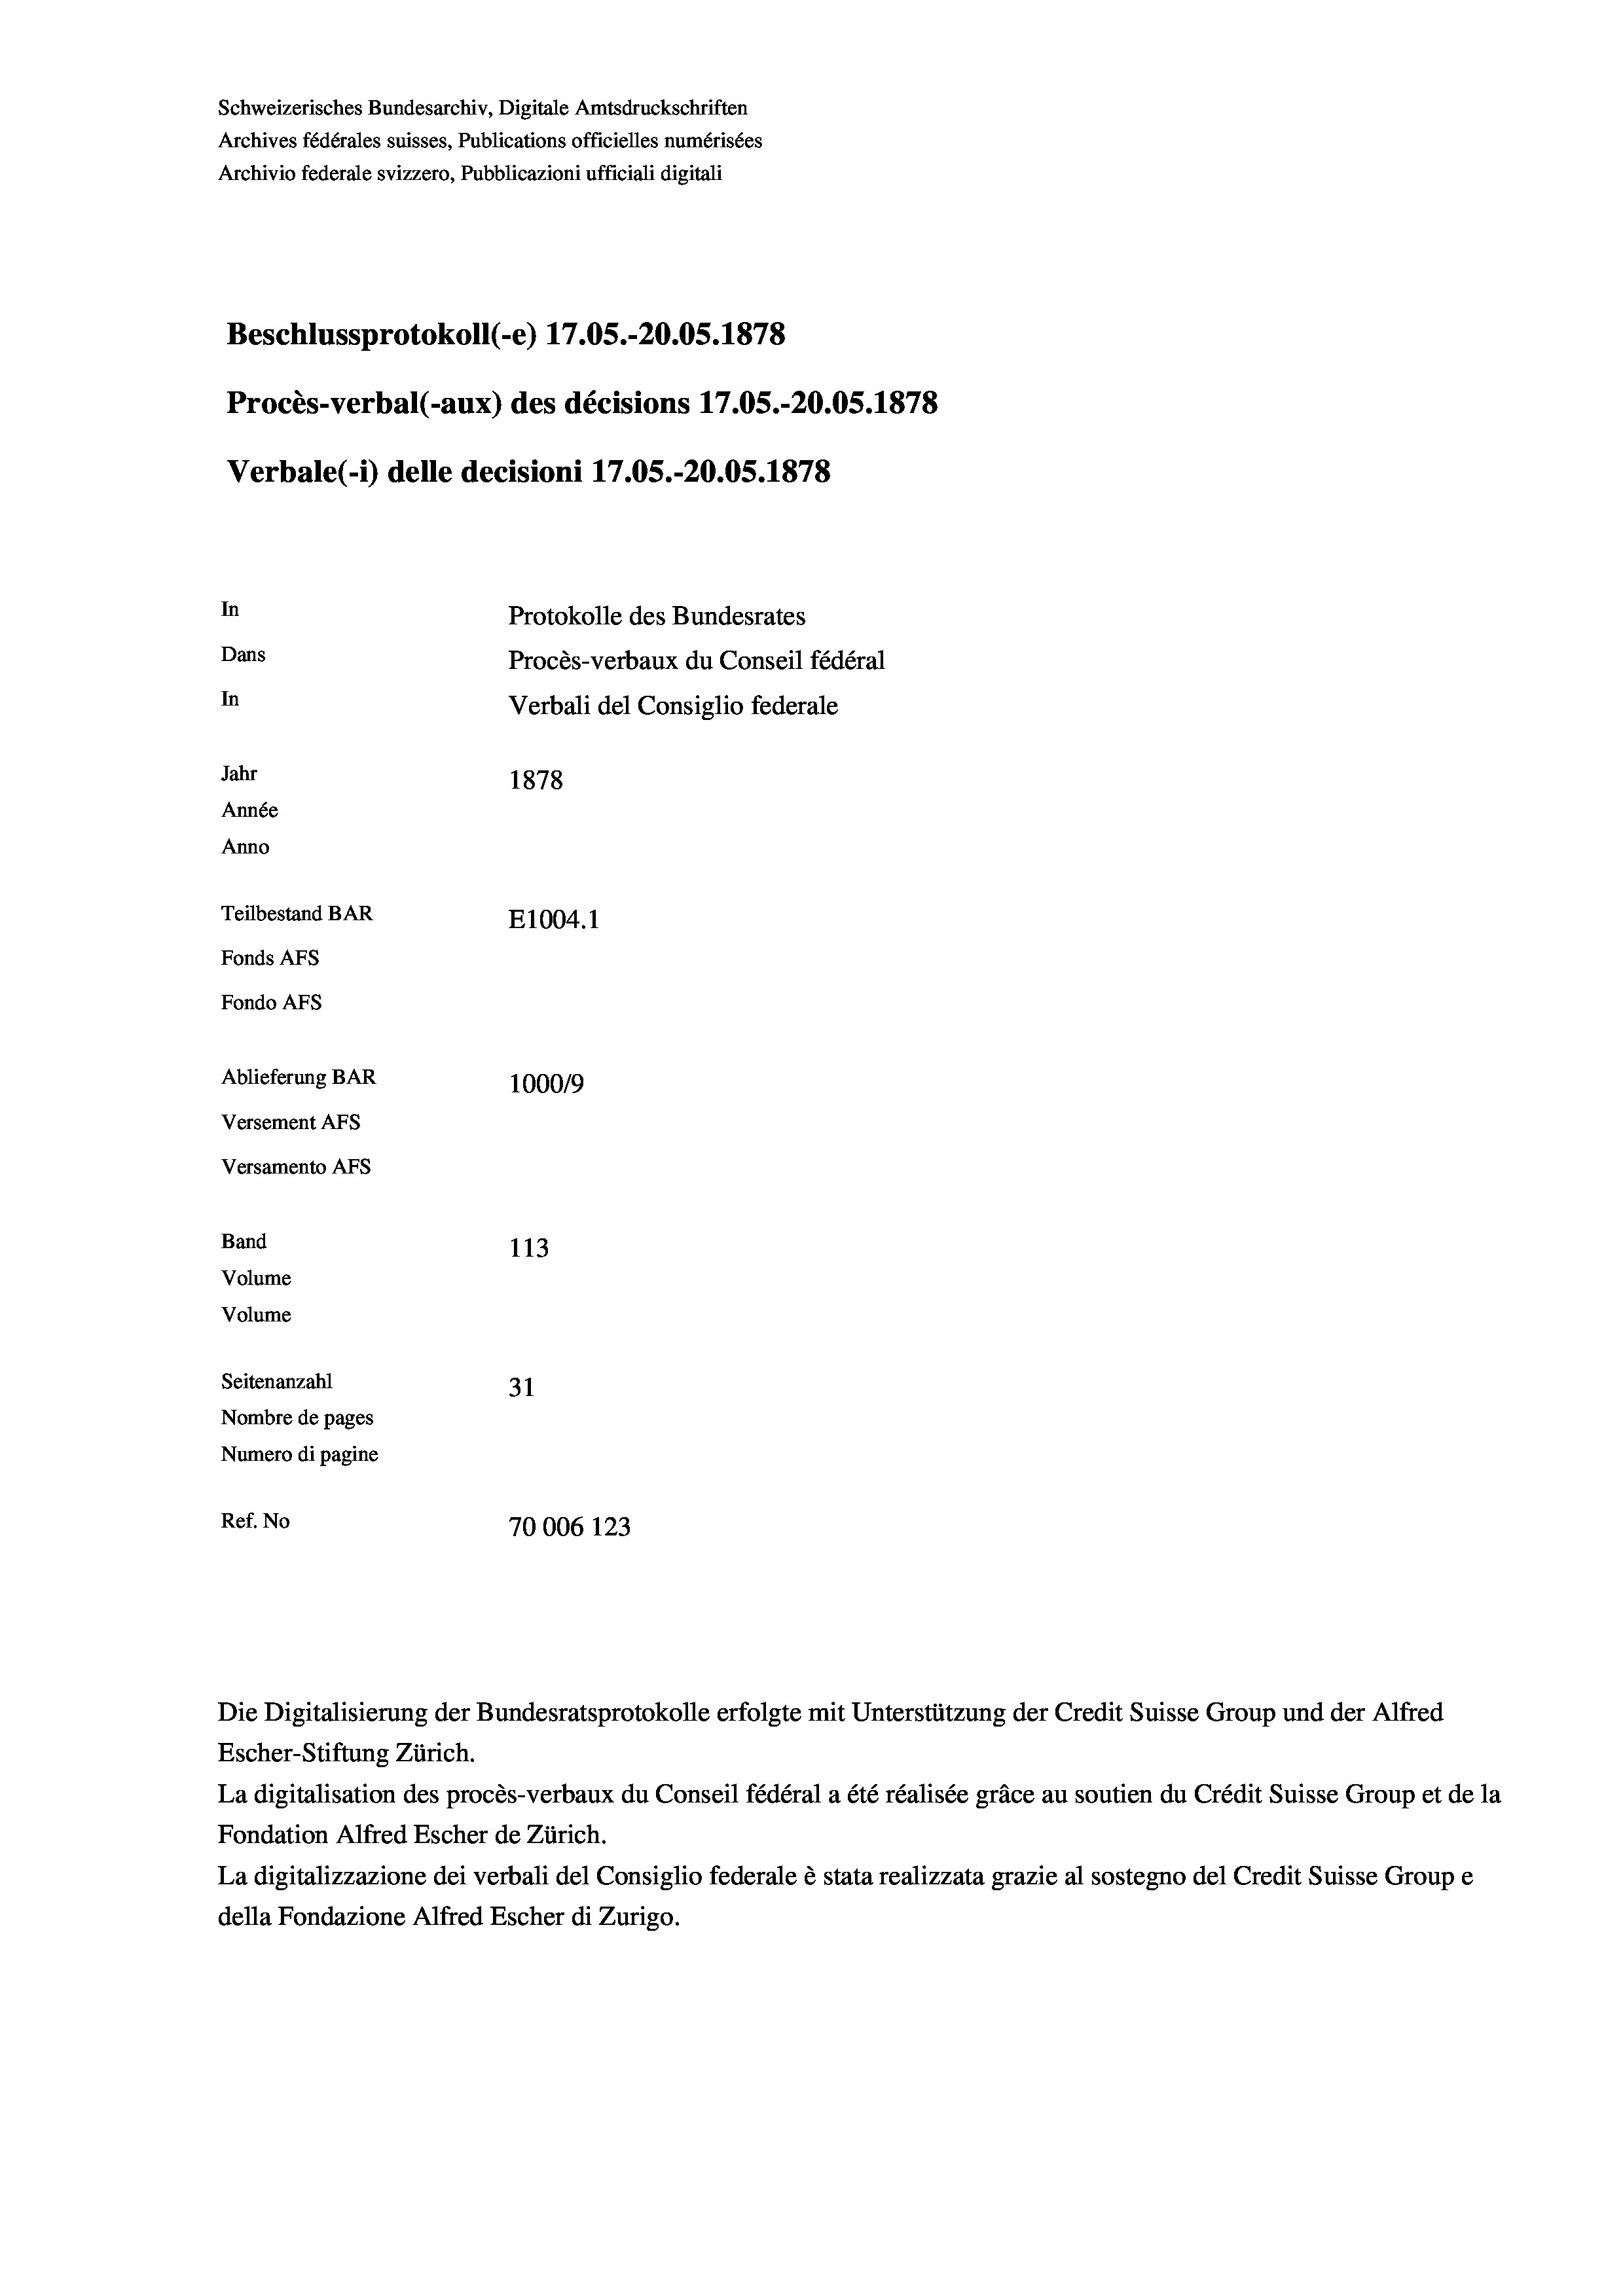
Schweizerisches Bundesarchiv, Digitale Amtsdruckschriften
Archives fédérales suisses, Publications officielles numérisées
Archivio federale svizzero, Pubblicazioni ufficiali digitali
Beschlussprotokoll (-e) 17.05.-20.05. 1878
Procès-verbal (-aux) des décisions 17.05.-20.05. 1878
Verbale (1) delle decisioni 17.05.-20.05. 1878
In
Protokolle des Bundesrates
Dans
Procès-verbaux du Conseil fédéral
In
Verbali del Consiglio federale
Jahr
1878
Année
Anno
Teilbestand BAR
E1004.1
Fonds AFs
Fondo Afs
Ablieferung BAR
100019
Versement AFs
Versamento AFS
Band
113
Volume
Volume
Seitenanzahl
31
Nombre de pages
Numero di pagine
Ref. No
70006 123

Escher-Stiftung Zürich.
La digitalisation des procès-verbaux du Conseil fédéral a été réalisée gräce au soutien du Crédit Suisse Group et de la
Fondation Alfred Escher de Zürich.
La digitalizzazione dei verbali del Consiglio federale è stata realizzata grazie al sostegno del Credit Suisse Groupe
della Fondazione Alfred Escher di Zurigo.

Die Digitalisierung der Bundesratsprotokolle erfolgte mit Unterstützung der Credit Suisse Group und der Alfred